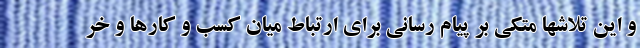
و این تلاشها متکی بر پیام رسانی برای ارتباط میان کسب و کارها و خر